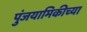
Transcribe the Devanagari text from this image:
पुंजयामिकीच्या